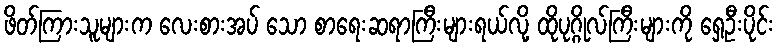
ဖိတ်ကြားသူများက လေးစားအပ် သော စာရေးဆရာကြီးများရယ်လို့ ထိုပုဂ္ဂိုလ်ကြီးများကို ရှေ့ဦးပိုင်း